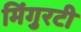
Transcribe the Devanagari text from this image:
मिंगुरटी